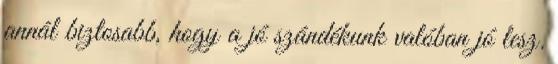
annál biztosabb, hogy a jó szándékunk valóban jó lesz.